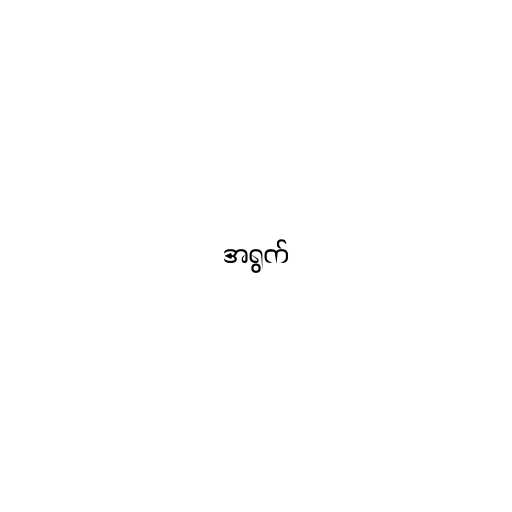
အရွက်